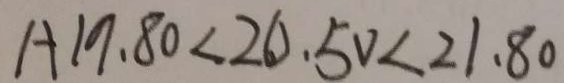
A 1 9 . 8 0 < 2 0 . 5 0 < 2 1 . 8 0